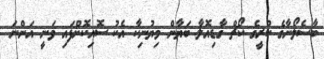
ބާސެލޯނާގެ ކުރީގެ ކޯޗް ގާޑިއޮލާ ބަޔާން މިޔުނިކާ އެކު ސޮއިކޮށްފައި ވަނީ އަންނަ